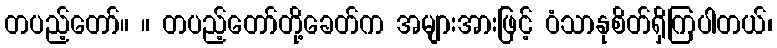
တပည့်တော်။ ။ တပည့်တော်တို့ခေတ်က အများအားဖြင့် ဝံသာနုစိတ်ရှိကြပါတယ်၊